Annual administration report of the Civil Veterinary Department of India - 1900-1901
Year: 1900
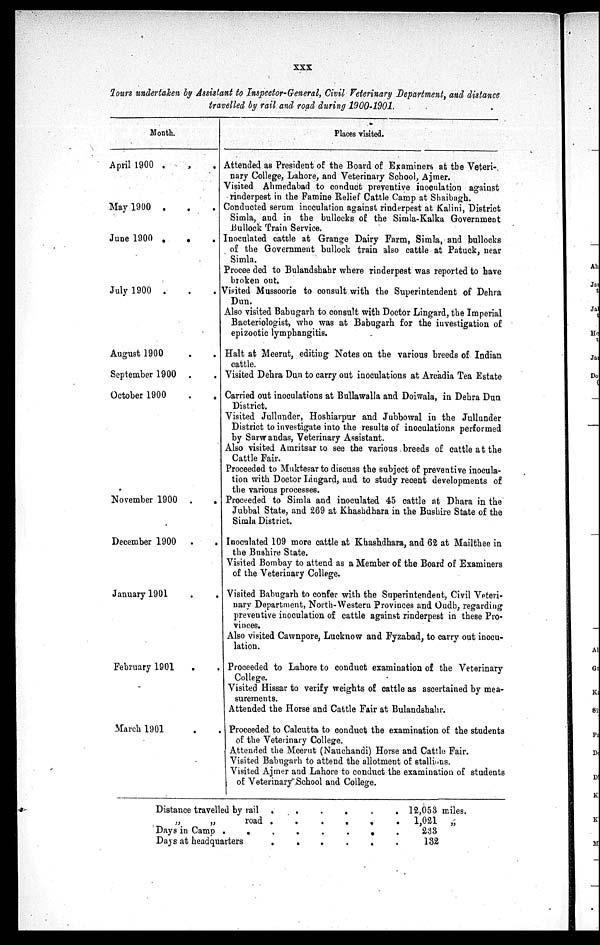
XXX
Tours undertaken by Assistant to Inspector-General, Civil Veterinary Department, and distance
travelled by rail and road during 1900-1901.
Month.
April 1900 . . .
May 1900 . . .
June 1900 . . .
July 1900 . . .
August 1900 . .
September 1900 . .
October 1900 . .
November 1900 . .
December 1900
. .
January 1901
.
.
February 1901 . .
March 1901 . .
Places visited.
Attended as President of the Board of Examiners at the Veteri-
nary College, Lahore, and Veterinary School, Ajmer.
Visited Ahmedabad to conduct preventive iuoenlation against
rinderpest in the Famine Relief Cattle Camp at Shaibagh.
Conducted serum inoculation against rinderpest at Kalini, District
Simla, and in the bullocks of the Simla-Kalka Government
Bullock Train Service.
Inoculated cattle at Grange Dairy Farm, Simla, and bullocks
of the Government bullock train also cattle at Patuck, near
Simla.
Procee ded to Bulandshahr where rinderpest was reported to have
broken out.
Visited Mussoorie to consult with the Superintendent of Dehra
Dun.
Also visited Babugarh to consult with Doctor Lingard, the Imperial
Bacteriologist, who was at Babugarh for the investigation of
epizootic lymphangitis.
Halt at Meerut, editing Notes on the various breeds of Indian
cattle.
Visited Dehra Dun to carry out inoculations at Arcadia Tea Estate
Carried out inoculations at Bullawalla and Doiwala, in Dehra Dun
District.
Visited Jullnnder, Hoshiarpur and Jubbowal in the Jullunder
District to investigate into the results of inoculations performed
by Sarwandas, Veterinary Assistant.
Also visited Amritsar to see the various breeds of cattle at the
Cattle Fair.
Proceeded to Muktesar to discuss the subject of preventive inocula-
tion with Doctor Liugard, and to study recent developments of
the various processes.
Proceeded to Simla and inoculated 45 cattle at Dhara in the
Jubbal State, and 269 at Khashdhara in the Busbire State of the
Simla District.
Inoculated 109 more cattle at Khashdhara, and 62 at Mailthee in
the Bushire State.
Visited Bombay to attend as a Member of the Board of Examiners
of the Veterinary College.
Visited Babugarh to confer with the Superintendent, Civil Veteri-
nary Department, North-Western Provinces and Oudh, regarding
preventive inoculation of cattle against rinderpest in these Pro-
vinces.
Also visited Cawnpore, Lucknow and Fyzabad, to carry out inocu-
lation.
Proceeded to Lahore to conduct examination of the Veterinary
College.
Visited Hissar to verify weights of cattle as ascertained by mea-
surements.
Attended the Horse and Cattle Fair at Bulandshahr.
Proceeded to Calcutta to conduct the examination of the students
of the Veterinary College.
Attended the Meerut (Nauchandi) Horse and Cattle Fair.
Visited Babugarh to attend the allotment of stallions.
Visited Ajmer and Lahore to conduct the examination of students
of Veterinary School and College.
Distance travelled by rail . . . . . .
„
„
road . . . . . .
Days in Camp . . . . . . . .
Days at headquarters . . . . . .
12,053 miles.
1,021
„
233
132